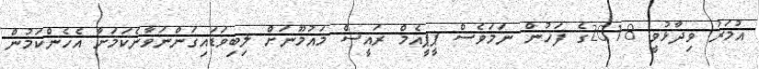
އުމަރު ވިދާޅުވީ 2018ގެ ފަހުން ނަމަވެސް ޕީޕީއެމް ރައީސް މައުމޫނަށް ލިބިވަޑައިގަންނަވާނެކަމަށާ އެހެންކަމުން